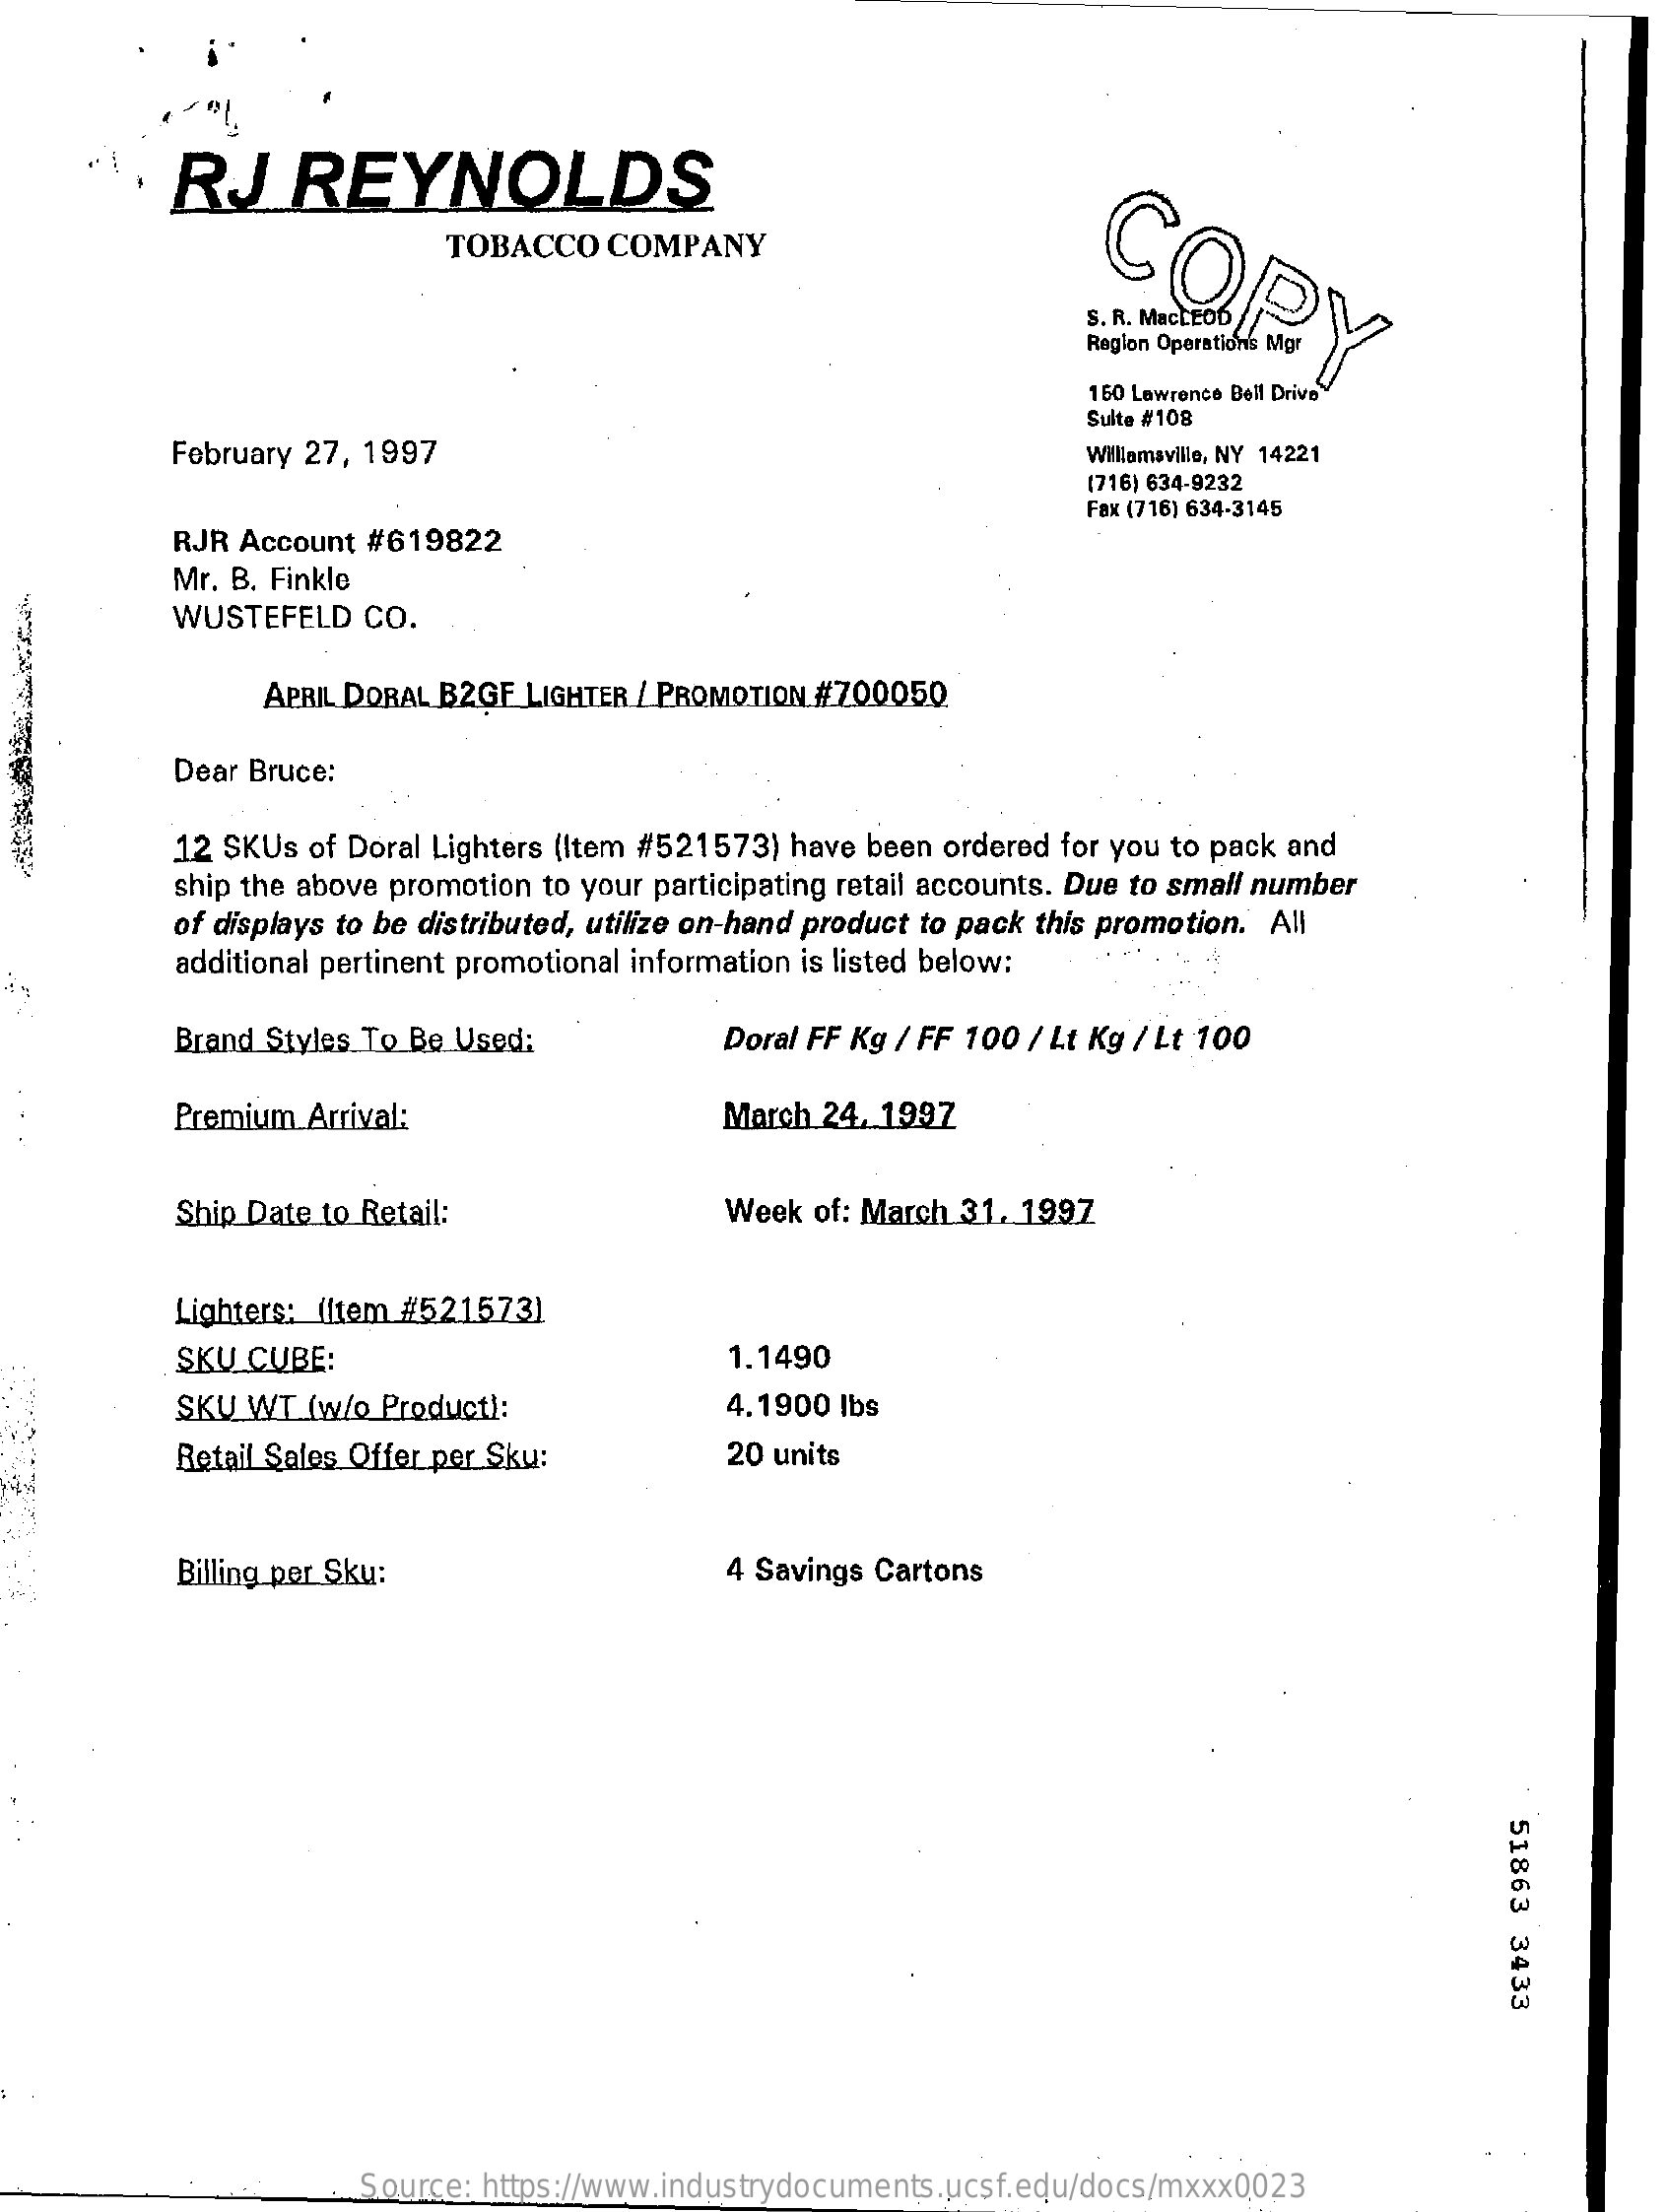
RJ    REYNOLDS
     COPY
     TOBACCO  COMPANY
     Region Operation's Mor
     160 Lawrence Bell Drive
     February 27, 1997
     Sulte #108
     Williamsville, NY 14221
     (716) 634-9232
     RJR Account #619822
     Fax (716) 634-3145
     Mr. B. Finkle
     WUSTEFELD  CO.
     APRIL DORAL B2GF LIGHTER / PROMOTION #700050
     Dear Bruce:
     12 SKUs of Doral Lighters (Item #521573) have been ordered for you to pack and
     ship the above promotion to your participating retail accounts. Due to small number
     of displays to be distributed, utilize on-hand product to pack this promotion. All
     additional pertinent promotional information is listed below:
     Brand Styles To Be Used:    Doral FF Kg / FF 100 / Lt Kg / Lt 100
     Premium Arrival:    March 24. 1997
     Ship Date to Retail:    Week  of: March 31. 1997
     Lighters: (Item #521573]
     SKU CUBE:    1.1490
     SKU WT (w/o Product):    4.1900 lbs
     Retail Sales Offer per Sku:    20 units
     Billing per Sku:    4 Savings Cartons
     51863
     3433
     Source: https://www.industrydocuments.ucsf.edu/docs/mxxx0023